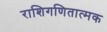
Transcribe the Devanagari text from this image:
राशिगणितात्मक